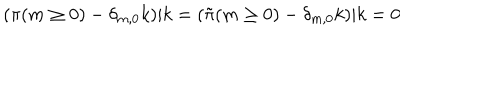
LaTeX: ( \pi ( m \ge 0 ) - \delta _ { m , 0 } k ) | k = ( { \tilde { \pi } } ( m \ge 0 ) - \delta _ { m , 0 } k ) | k = 0